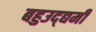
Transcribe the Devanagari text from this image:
बहुउद्द्यमी